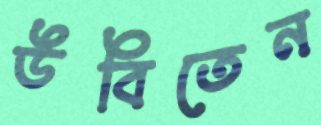
উবিতেন